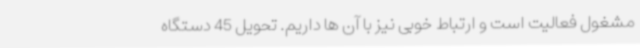
مشغول فعالیت است و ارتباط خوبی نیز با آن ها داریم. تحویل 45 دستگاه